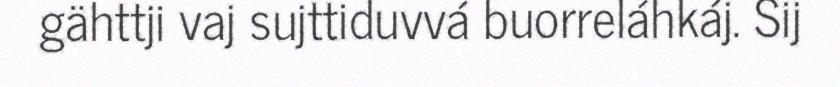
gähttji vaj sujttiduvvá buorreláhkáj. Sij